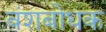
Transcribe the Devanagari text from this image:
वंशबोधक